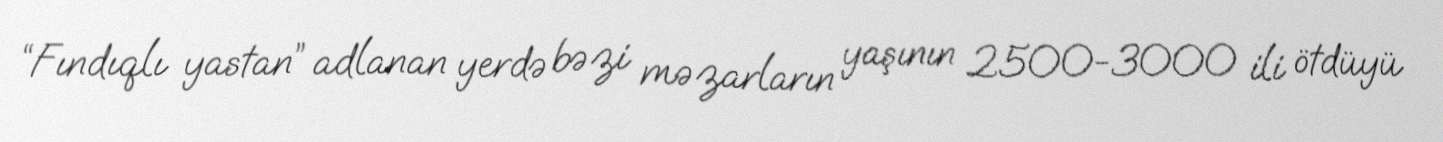
“Fındıqlı yastan” adlanan yerdə bəzi məzarların yaşının 2500-3000 ili ötdüyü